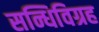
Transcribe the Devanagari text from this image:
सन्धिविग्रह